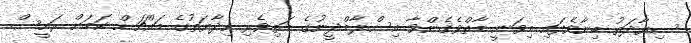
ސިޔާދަތު ބިނާވެފައި މިވަނީ މާތްވެގެންވާ އިސްލާމްދީނުގެ މަތިވެރި ހިދާޔަތުގެ މައްޗަށް ކަމަށް ރައީސް